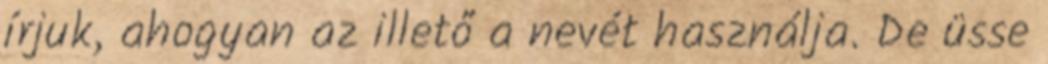
írjuk, ahogyan az illető a nevét használja. De üsse